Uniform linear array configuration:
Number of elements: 16
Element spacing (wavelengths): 0.25
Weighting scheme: hann
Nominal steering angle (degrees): -45
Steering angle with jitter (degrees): -44.869
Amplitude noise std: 0.05
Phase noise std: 0.05

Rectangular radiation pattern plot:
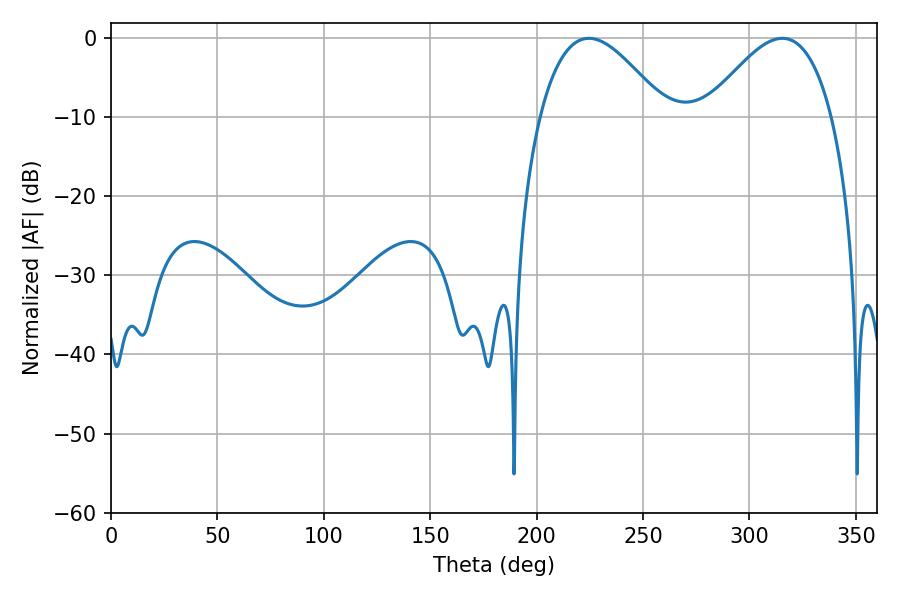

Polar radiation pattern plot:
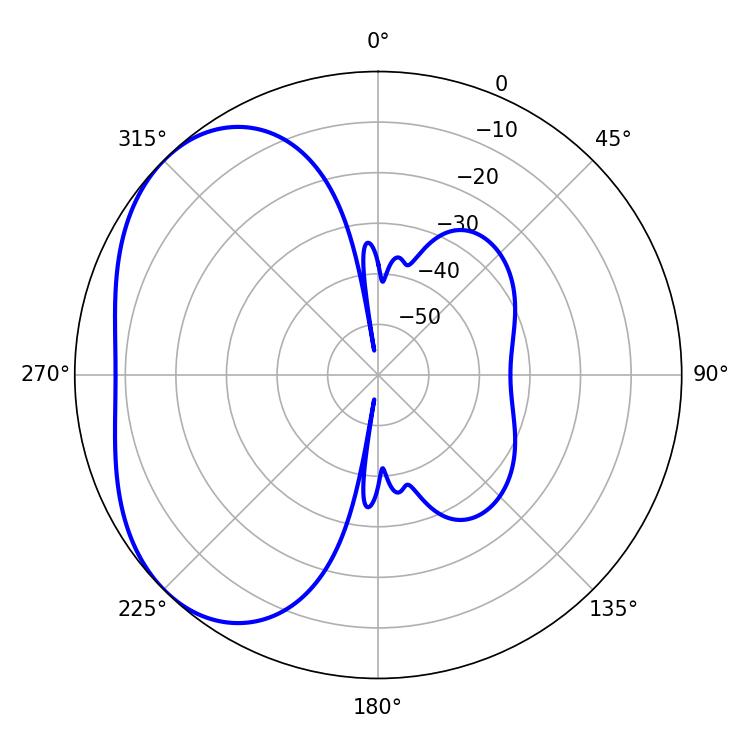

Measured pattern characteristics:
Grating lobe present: FALSE
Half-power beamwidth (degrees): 32.04
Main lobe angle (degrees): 224.64